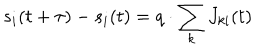
s _ { i } ( t + \tau ) - s _ { i } ( t ) = q \cdot \sum _ { k } J _ { k i } ( t )